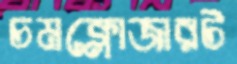
চমক্লোজারট